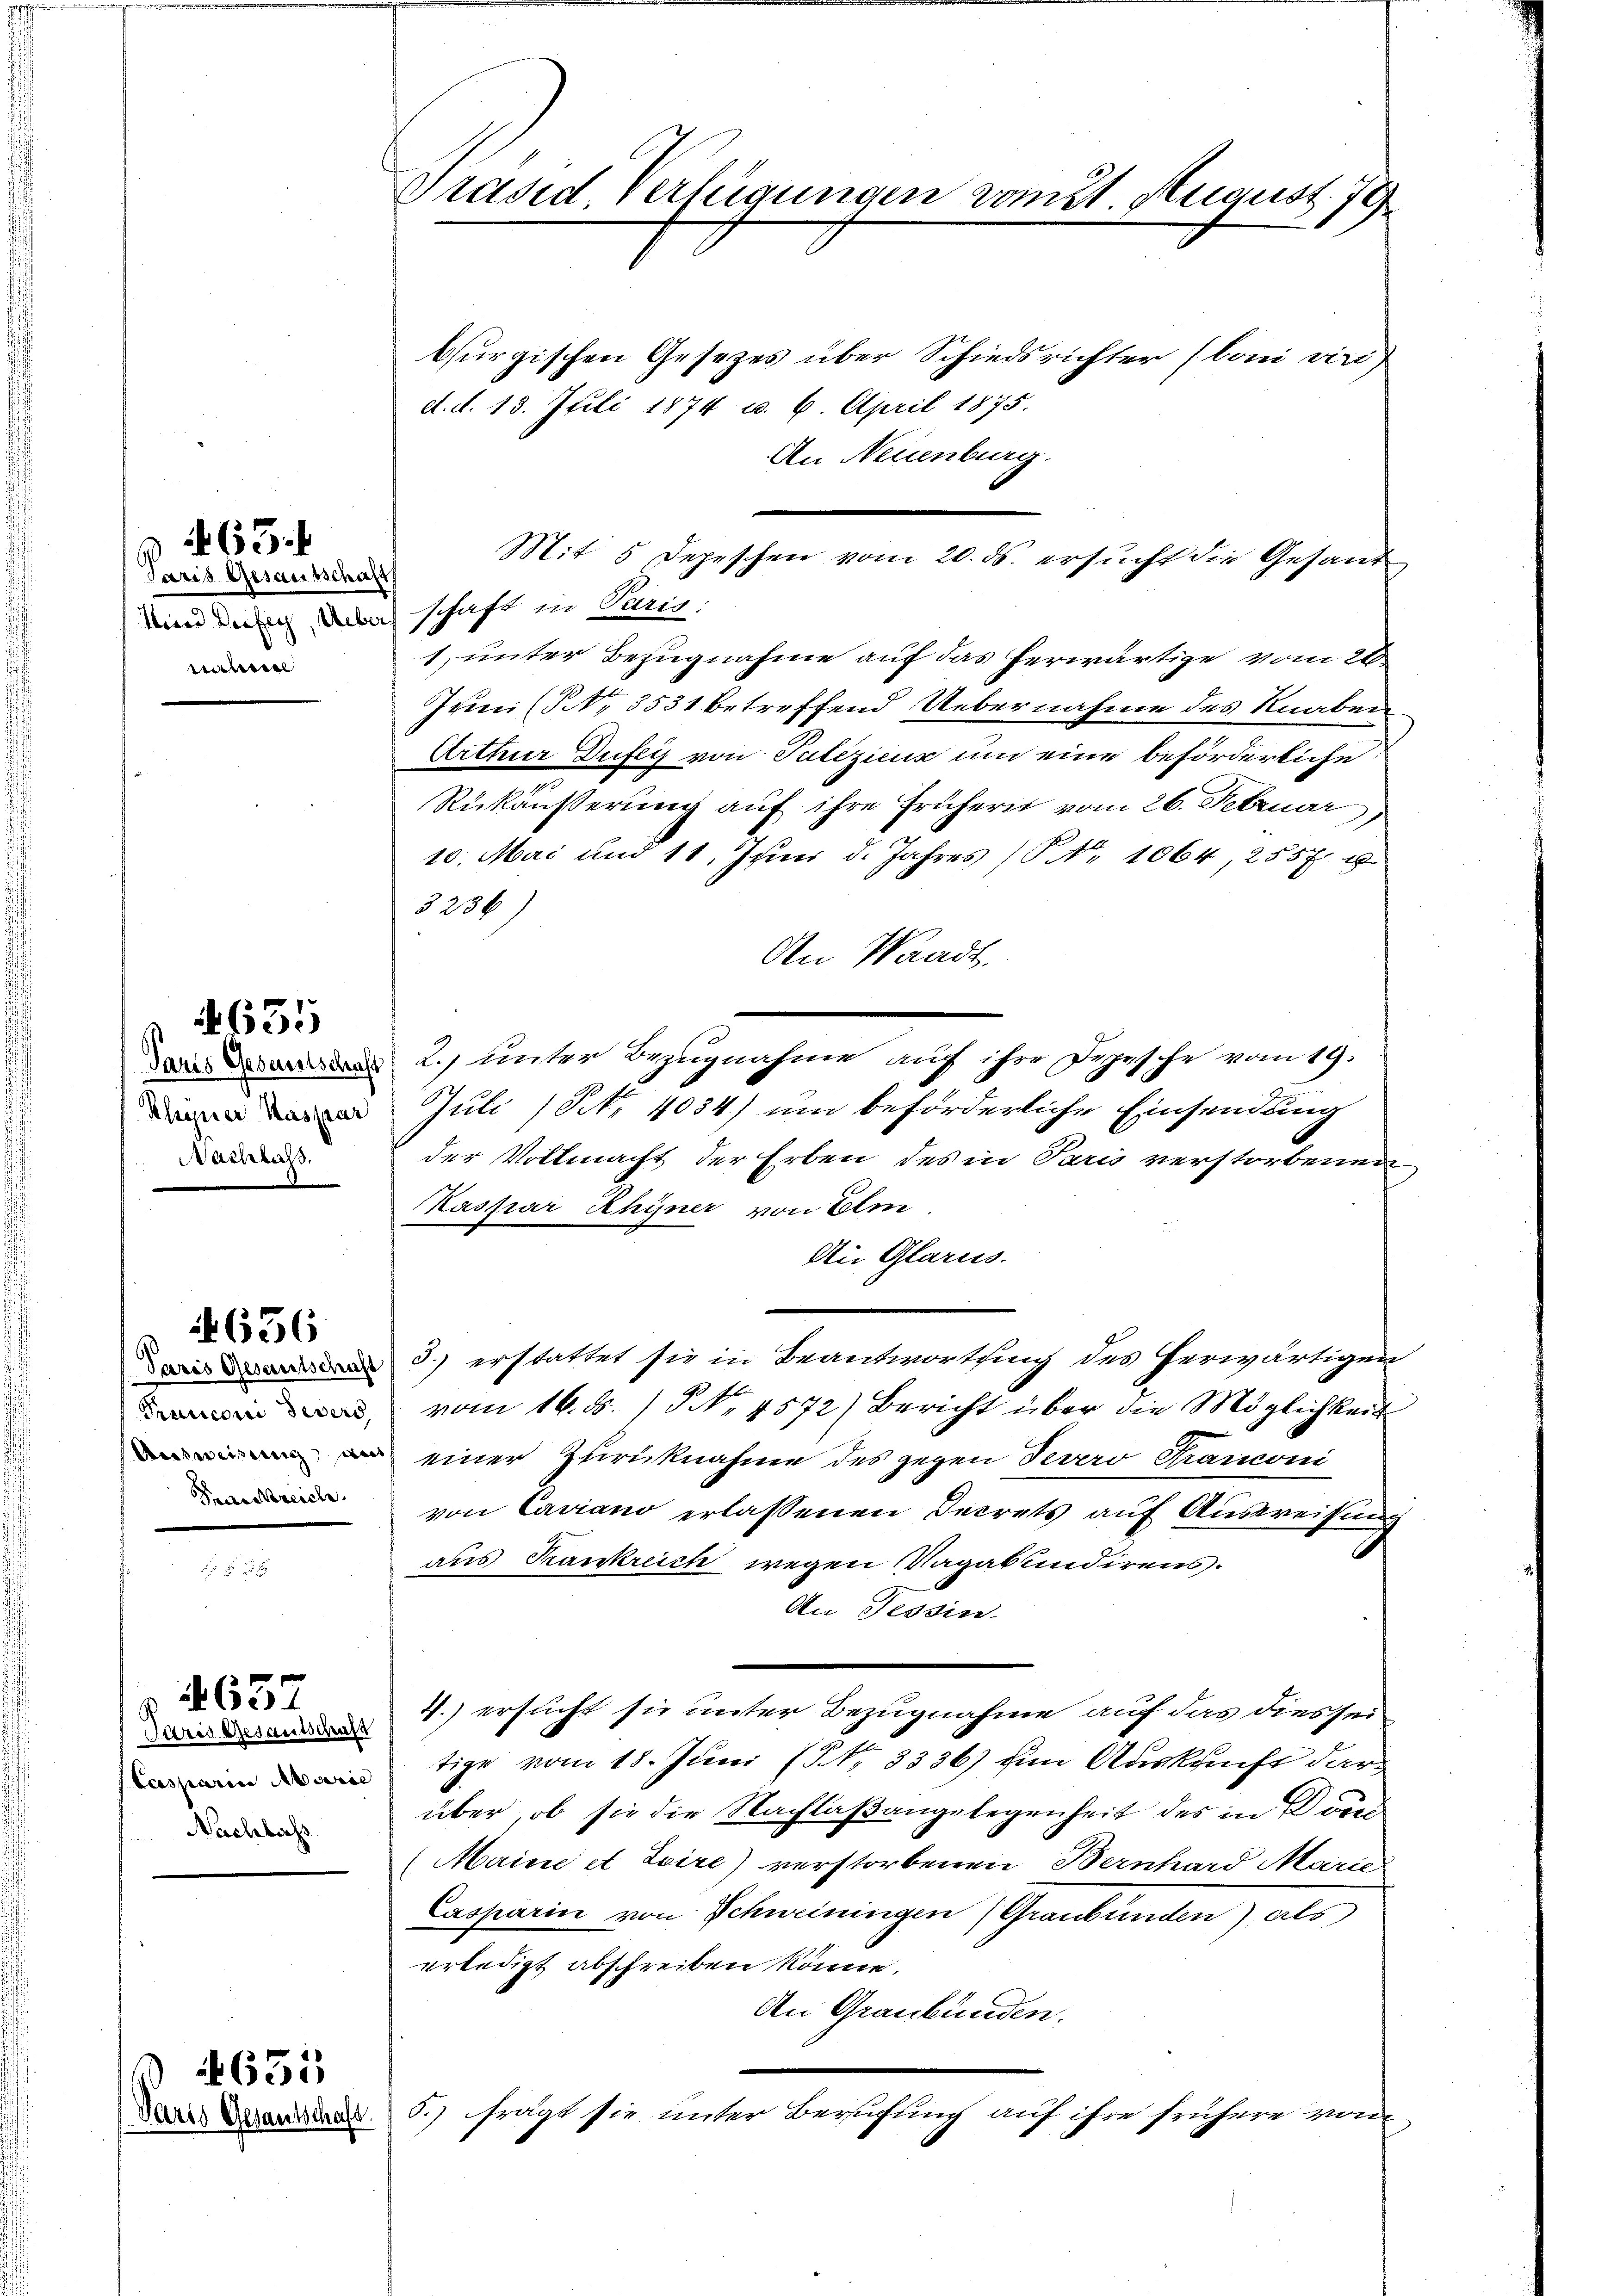
Paris Gesantschaft
ssisteriel

65.

Rhyner Kaspar
Nachlass.

655

656

Fraenkreich.

Cassaria Marie
Nachlass

4637

635.

Chaft.

Präsid Verfügungen vomit August. 79

indung doch schaft in Ding.
1. unter Bezugnahme auf das herwärtige vom 26.
Juni (NNo. 3531 betreffend Uebernahme des Knaben
Arthur Dufey von Tuliziens um eine beförderliche
Rükäusserung auf ihre frühern vom 26. Februar,
10. Mai und 11. Juni d. Jahres (§ Nr. 1064, 255 f. 4
3236)
An Waadt,
 2. unter Bezugnahme auf ihre Depesche vom 19.
Juli (S. 4034) um beförderliche Einsendung
der Vollmacht der Erben des in Paris verstorbenen
Kaspar Rhyner von Eli
Aie Glarus.
3.) erstattet sie in Beantwortung des herwärtigen
 vom 16. ds. / NNo. 4572) Bericht über die Möglichkeit
 einer Zurücknahme des gegen Feuero Kranconi
von Caviano erlassenen Decrets auf Ausweisung
aus Krankreich wegen Vagabundirens.
An Tessin.
d 1. ersucht sie unter Bezugnahme auf das dies sei-
tige vom 18. Juni (NNo. 3336) zum Auskunft darüber, ob sie die Nachlaßangelegenheit des in den
Maine et Leire) verstorbenen Bernhard Marie
Casparin von Schweiningen) Graubünden) als
erledigt abschreiben könne.
An Graubünden.
5.) frägt sie unter Berufung auf ihre frühere von

Mit 5 Depeschen vom 20. ds. ersucht die Gesand

burgischen Gesezes über Schiedsrichter (boni viri
d. d. 13. Juli 1874 u. 6. April 1875.
An Neuenburg.